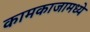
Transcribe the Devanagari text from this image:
कामकाजामध्ये